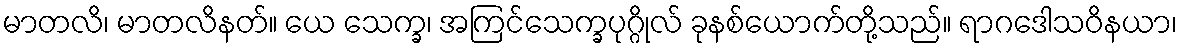
မာတလိ၊ မာတလိနတ်။ ယေ သေက္ခ၊ အကြင်သေက္ခပုဂ္ဂိုလ် ခုနစ်ယောက်တို့သည်။ ရာဂဒေါသဝိနယာ၊